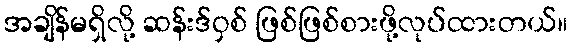
အချိန်မရှိလို့ ဆန်းဒ်ဝှစ် ဖြစ်ဖြစ်စားဖို့လုပ်ထားတယ်။